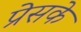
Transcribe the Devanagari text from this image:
प्रेसके